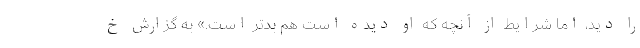
را دید، اما شرایط از آنچه که او دیده است هم بدتر است.» به گزارش خ